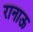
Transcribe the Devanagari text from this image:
रानाऊ